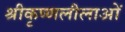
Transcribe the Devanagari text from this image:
श्रीकृष्णलीलाओं